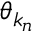
\boldsymbol { \theta } _ { k _ { n } }